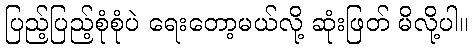
ပြည့်ပြည့်စုံစုံပဲ ရေးတော့မယ်လို့ ဆုံးဖြတ် မိလို့ပါ။